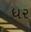
ધર